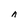
Character: n